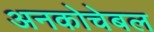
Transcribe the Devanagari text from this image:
अनकोचेबल